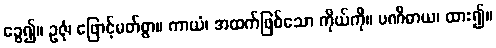
ခွေ၍။ ဥဇုံ၊ ဖြောင့်မတ်စွာ။ ကာယံ၊ အထက်ဖြစ်သော ကိုယ်ကို။ ပဏိဓာယ၊ ထား၍။